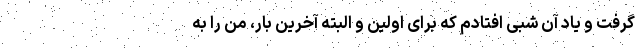
گرفت و یاد آن شبی افتادم که برای اولین و البته آخرین بار، من را به